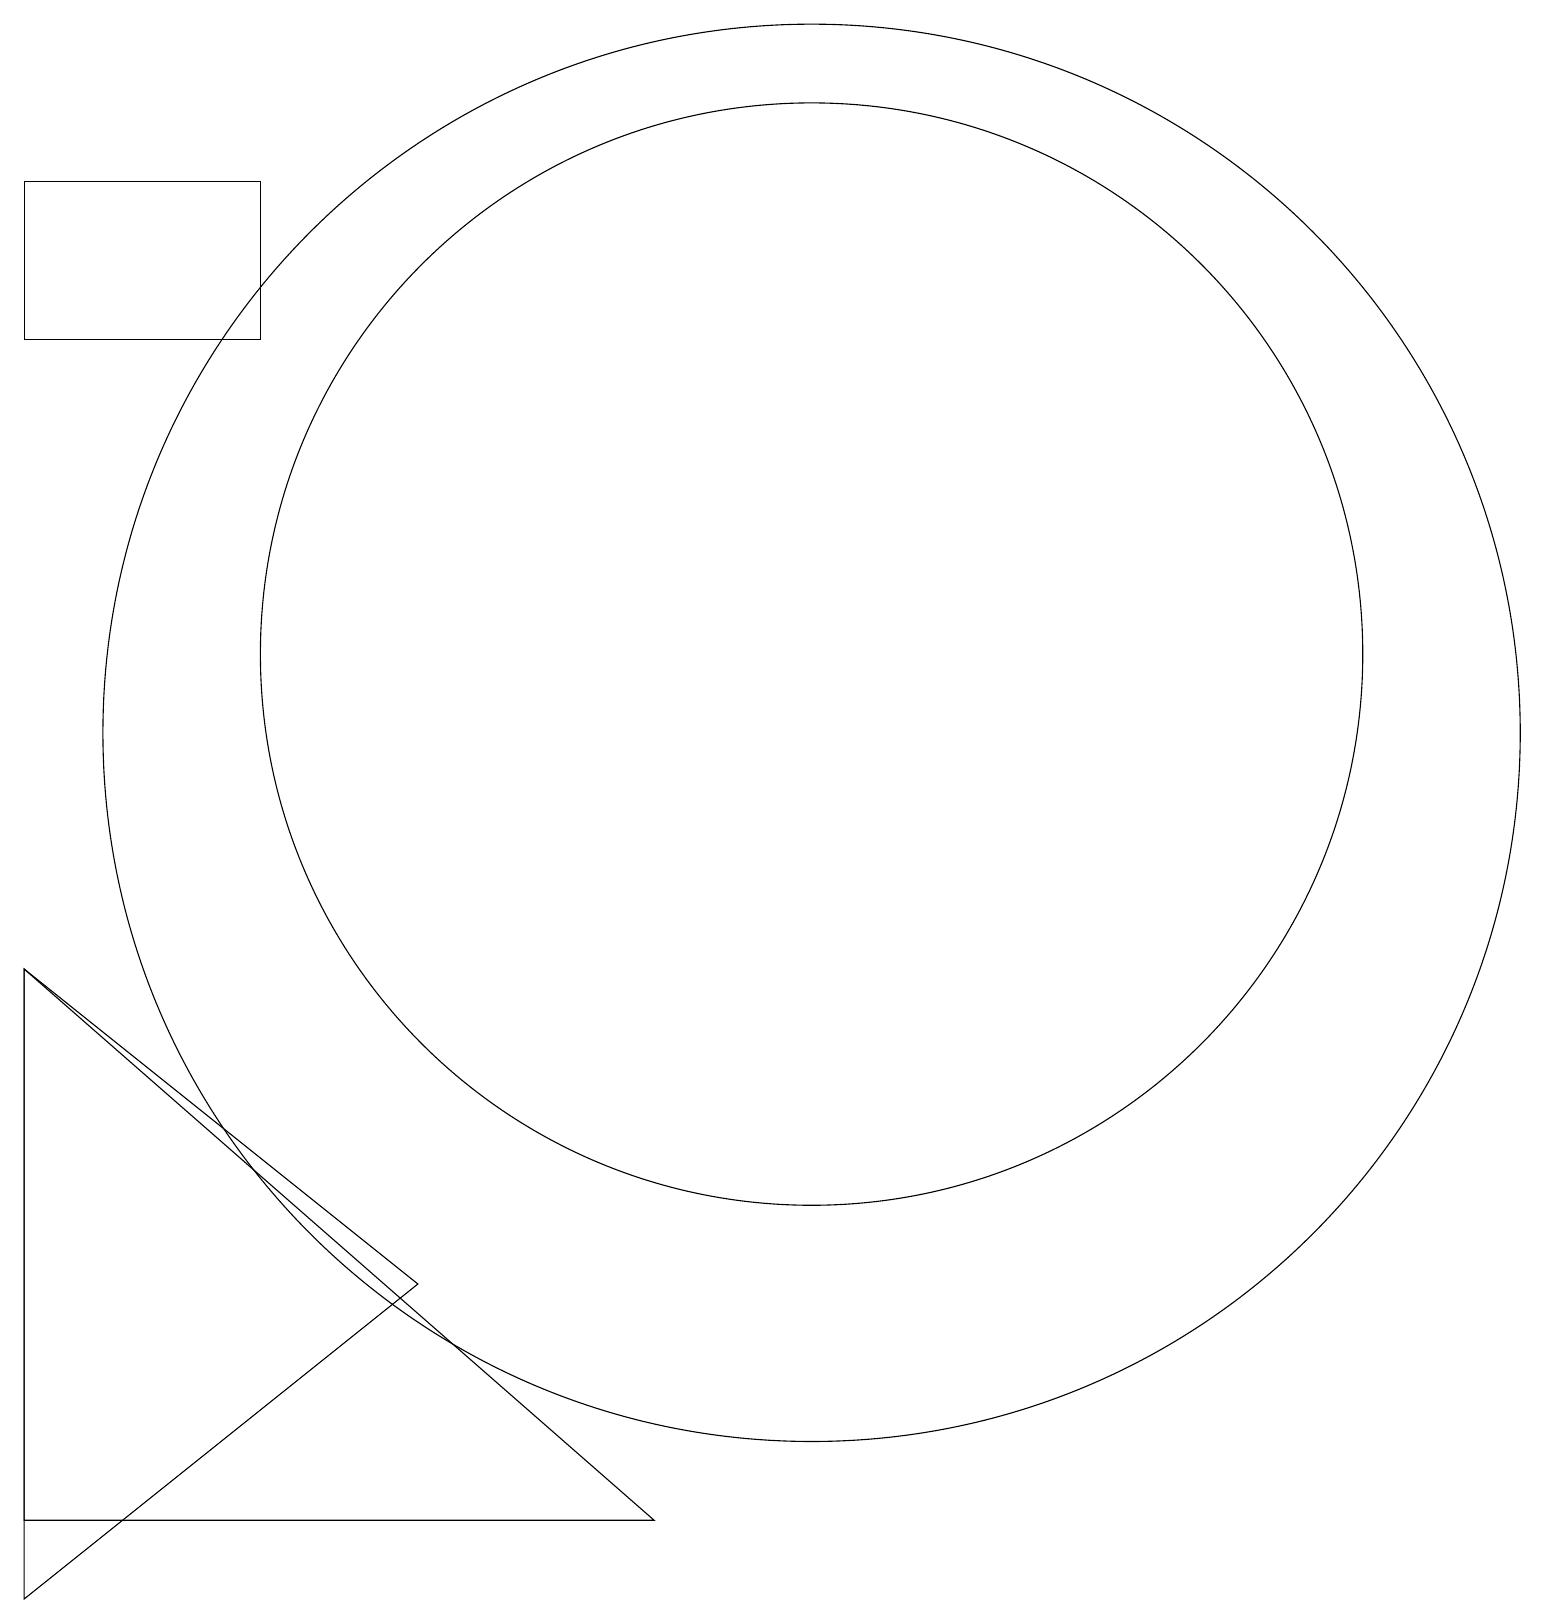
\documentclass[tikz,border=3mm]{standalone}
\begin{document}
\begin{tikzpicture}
\draw (10,11) circle (9);
\draw (3,18) rectangle (0,16);
\draw (0,1) -- (8,1) -- (0,8) -- cycle;
\draw (10,12) circle (7);
\draw (0,8) -- (0,0) -- (5,4) -- cycle;
\draw (3,15) rectangle (3,15);
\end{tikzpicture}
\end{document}